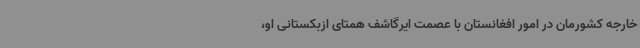
خارجه کشورمان در امور افغانستان با عصمت ایرگاشف همتای ازبکستانی او،